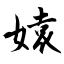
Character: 媴